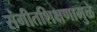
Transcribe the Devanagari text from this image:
संगीतशिक्षणामुळे